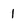
Character: 1